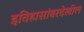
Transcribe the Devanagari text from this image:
इतिहासांवरदेखील